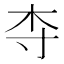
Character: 𬂝